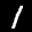
Label: 1